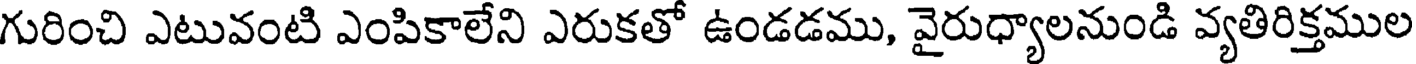
గురించి ఎటువంటి ఎంపికాలేని ఎరుకతో ఉండడము, వైరుధ్యాలనుండి వ్యతిరిక్తముల